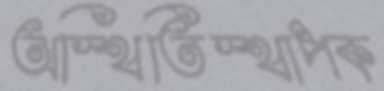
অস্থিতিস্থাপক